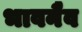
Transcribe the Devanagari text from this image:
भावनैव